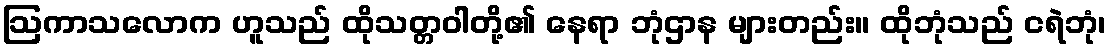
ဩကာသလောက ဟူသည် ထိုသတ္တဝါတို့၏ နေရာ ဘုံဌာန များတည်း။ ထိုဘုံသည် ငရဲဘုံ၊